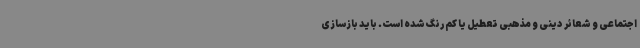
اجتماعی و شعائر دینی و مذهبی تعطیل یا کم رنگ شده است. باید بازسازی